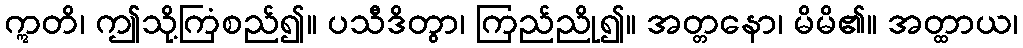
ဣတိ၊ ဤသို့ကြံစည်၍။ ပသီဒိတွာ၊ ကြည်ညို၍။ အတ္တနော၊ မိမိ၏။ အတ္ထာယ၊